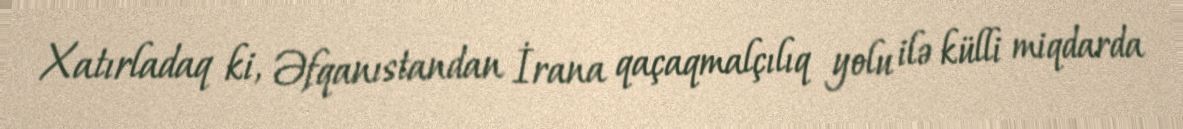
Xatırladaq ki, Əfqanıstandan İrana qaçaqmalçılıq yolu ilə külli miqdarda